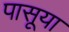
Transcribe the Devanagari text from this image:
पासूया